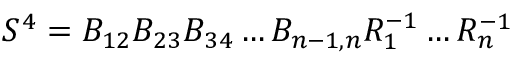
S ^ { 4 } = B _ { 1 2 } B _ { 2 3 } B _ { 3 4 } \dots B _ { n - 1 , n } R _ { 1 } ^ { - 1 } \dots R _ { n } ^ { - 1 }